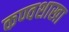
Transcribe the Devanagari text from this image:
कण्वशाखा